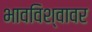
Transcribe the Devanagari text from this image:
भावविश्वावर